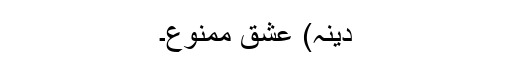
دینہ) عشق ممنوع۔